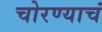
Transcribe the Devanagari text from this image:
चोरण्याचं